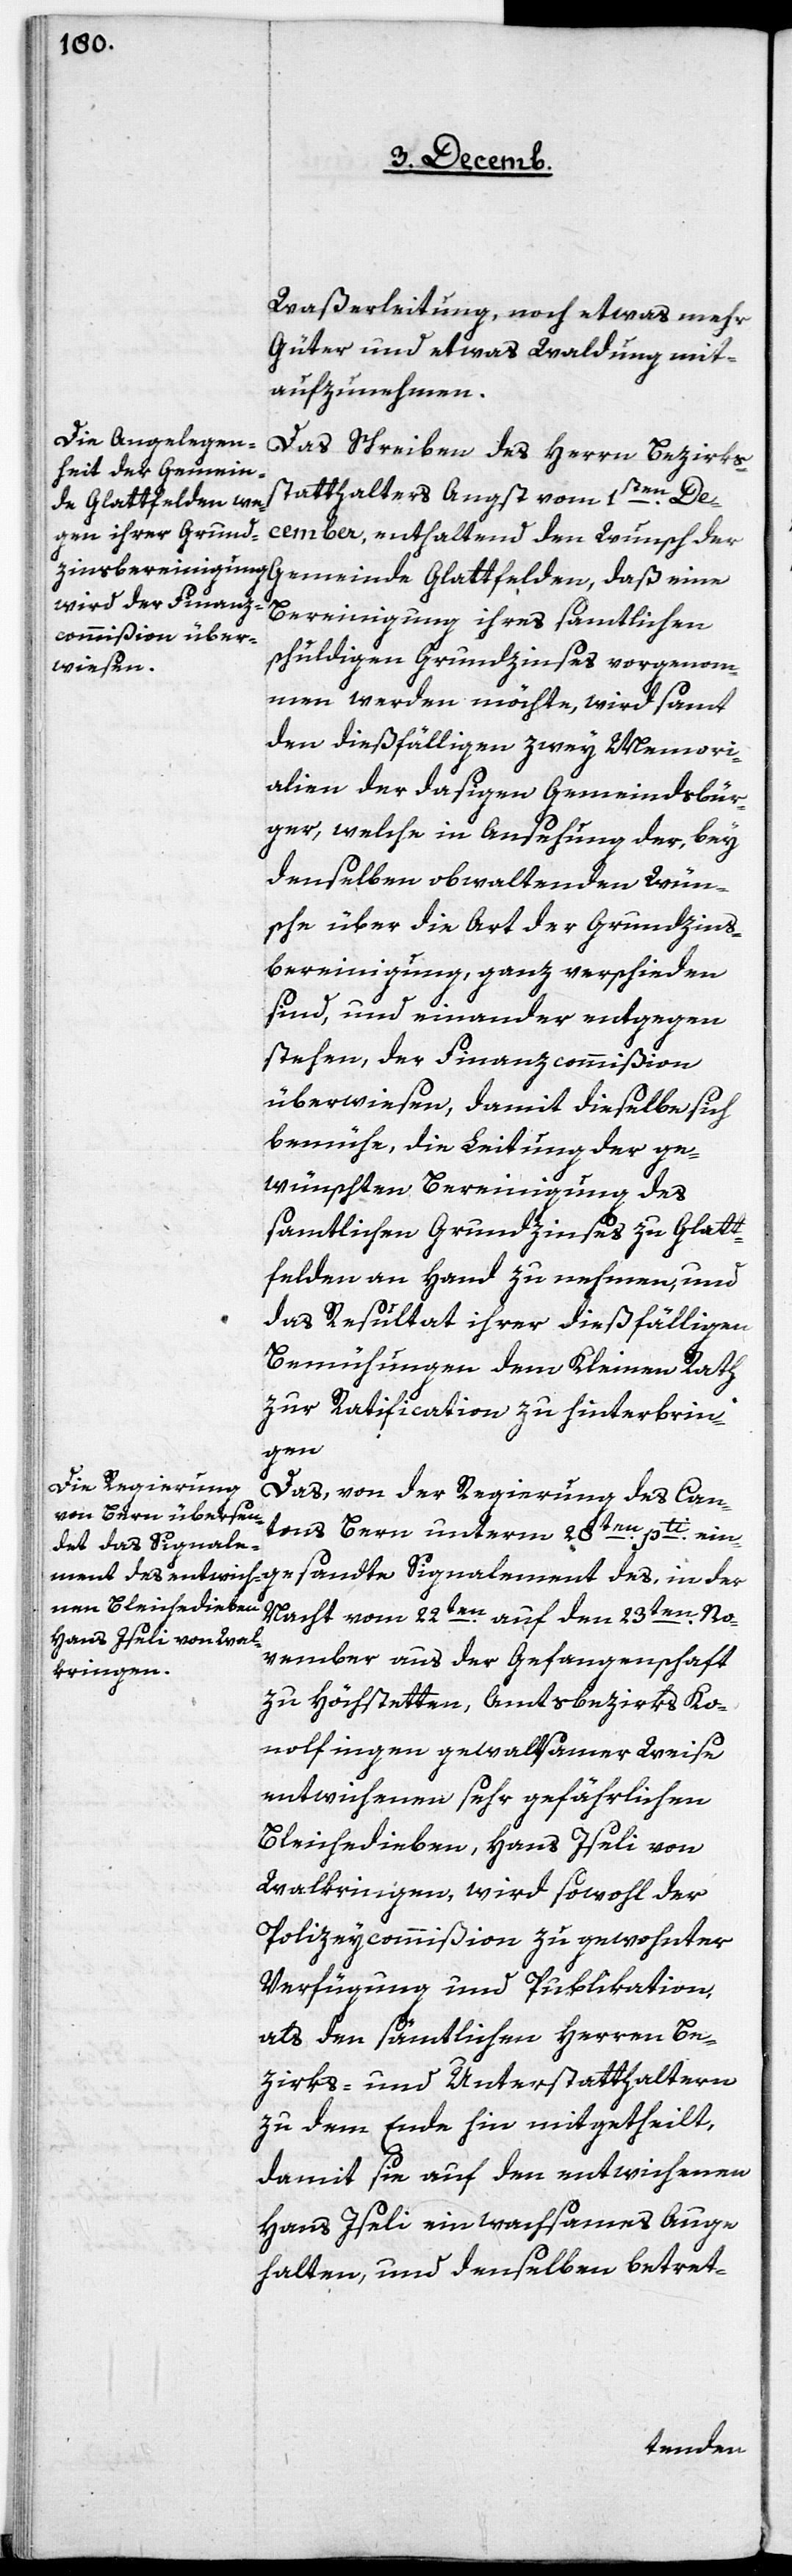
Waßerleitung, noch etwas mehr
Güter und etwas Waldung mit¬
aufzunehmen.
Das Schreiben des Herrn Bezirks¬
statthalters Angst vom 1sten. De¬
cember, enthaltend den Wunsch der
Gemeinde Glattfelden, daß eine
Bereinigung ihres samtlichen
schuldigen Grundzinses vorgenom¬
men werden möchte, wird samt
den dießfälligen zwey Memori¬
alien der dasigen Gemeindsbür¬
ger, welche in Ansehung der, bey
denselben obwaltenden Wün¬
sche über die Art der Grundzins¬
bereinigung, ganz verschieden
sind, und einander entgegen
stehen, der Finanzcommißion
überwiesen, damit dieselbe sich
bemühe, die Leitung der ge¬
wünschten Bereinigung des
samtlichen Grundzinses zu Glatt¬
felden an Hand zu nehmen, und
das Resultat ihrer dießfälligen
Bemühungen dem Kleinen Rath
zur Ratification zu hinterbrin¬
gen.
Das von der Regierung des Cant¬
ons Bern unterm 28ten. pti ein¬
gesandte Signalement des, in der
Nacht vom 22ten. auf den 23ten. No¬
vember aus der Gefangenschaft
zu Höchstetten, Amtsbezirks Ko¬
nolfingen gewaltsamer Weise
entwichenen sehr gefährlichen
Bleichedieben, Hans Iseli von
Walkringen, wird sowohl der
Polizeycommißion zu gewohnter
Verfügung und Publikation,
als den sämtlichen Herren Be¬
zirks- und Unterstatthaltern
zu dem Ende hin mitgetheilt,
damit sie auf den entwichenen
Hans Iseli ein wachsames Auge
halten, und denselben betret-